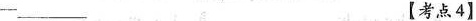
___ 【考点4】